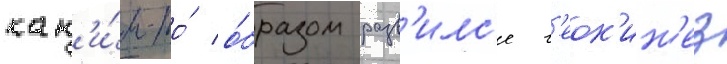
как'и́м-то́ о́бразом разв'илс'я г'еок'ин'ез